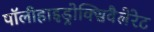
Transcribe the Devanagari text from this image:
पॉलीहाइड्रोक्सिवैलेरेट